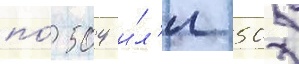
по́ 504 и́л'и 505